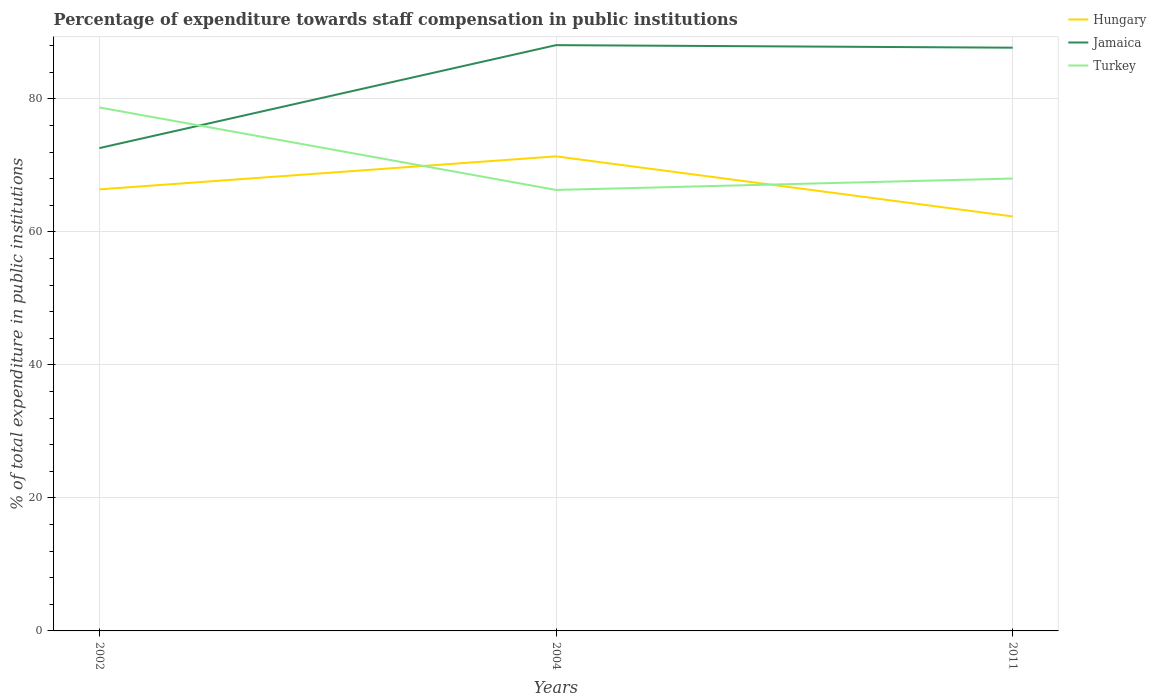
| Years | Hungary | Jamaica | Turkey |
 | --- | --- | --- | --- |
 | 2002 | 66.4 | 72.6 | 78.7 |
 | 2004 | 71.4 | 88.1 | 66.3 |
 | 2011 | 62.3 | 87.7 | 68 |